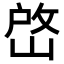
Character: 𡹘